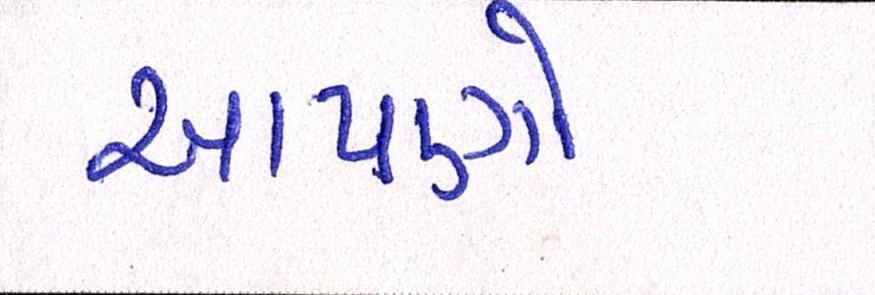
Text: આપણો